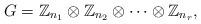
LaTeX: \begin{align*}G=\mathbb{Z}_{n_1}\otimes \mathbb{Z}_{n_2}\otimes\cdots\otimes\mathbb{Z}_{n_r},\end{align*}